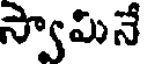
స్వామినే